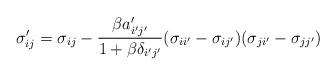
\begin{align*}\sigma_{ij}'=\sigma_{ij}-\frac{\beta a_{i'j'}'}{1+\beta\delta_{i'j'}}(\sigma_{ii'}-\sigma_{ij'})(\sigma_{ji'}-\sigma_{jj'})\end{align*}